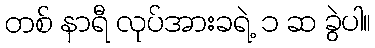
တစ် နာရီ လုပ်အားခရဲ့ ၁ ဆ ခွဲပါ။